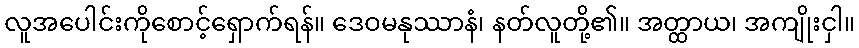
လူအပေါင်းကိုစောင့်ရှောက်ရန်။ ဒေဝမနုဿာနံ၊ နတ်လူတို့၏။ အတ္ထာယ၊ အကျိုးငှါ။